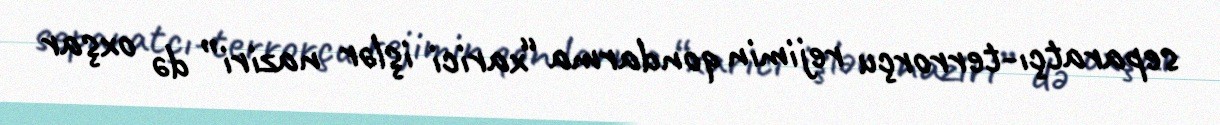
separatçı-terrorçu rejimin qondarma “xarici işlər naziri” də oxşar